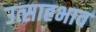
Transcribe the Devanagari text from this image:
उत्साहभाव